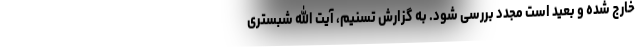
خارج شده و بعید است مجدد بررسی شود. به گزارش تسنیم، آیت الله شبستری